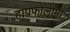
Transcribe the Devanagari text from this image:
हापफोलोमा